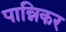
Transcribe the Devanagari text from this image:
पान्निकर